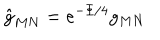
LaTeX: \hat { g } _ { M N } = e ^ { - \Phi / 4 } g _ { M N }